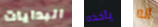
البدايات يأخذه انه